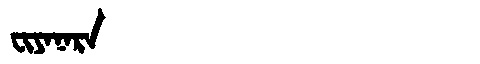
Manchu: ᠸᡳᠶᠠᠨᠠᡵᠠ
Romanization: FIYANARA